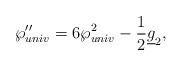
LaTeX: \begin{align*}\wp_{univ}''=6\wp_{univ}^2-{1\over 2}\underline g_2,\end{align*}